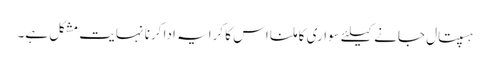
ہسپتال جانے کیلئے سواری کا ملنا اس کا کرایہ ادا کرنا نہایت مشکل ہے۔